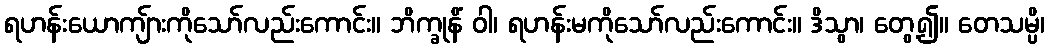
ရဟန်းယောကျ်ားကိုသော်လည်းကောင်း။ ဘိက္ခုနိံ ဝါ၊ ရဟန်းမကိုသော်လည်းကောင်း။ ဒိသွာ၊ တွေ့၍။ တေသမ္ပိ၊